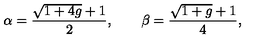
\alpha = \frac { \sqrt { 1 + 4 g } + 1 } { 2 } , \qquad \beta = \frac { \sqrt { 1 + g } + 1 } { 4 } ,